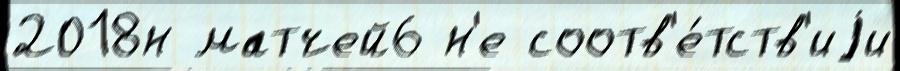
2018н матчей6 н'е соотв'е́тств'иjи